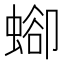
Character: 𧍕